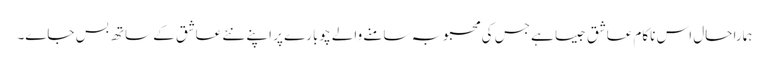
ہمارا حال اس ناکام عاشق جیسا ہے جس کی محبوبہ سامنے والے چوبارے پر اپنے نئے عاشق کے ساتھ بس جاے۔